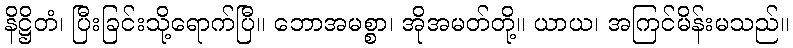
နိဋ္ဌိတံ၊ ပြီးခြင်းသို့ရောက်ပြီ။ ဘောအမစ္စာ၊ အိုအမတ်တို့။ ယာယ၊ အကြင်မိန်းမသည်။